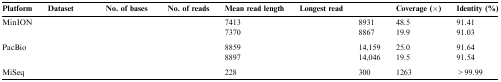
<table><thead><tr><td><b>Platform</b></td><td><b>Dataset</b></td><td><b>No. of bases</b></td><td><b>No. of reads</b></td><td><b>Mean read length</b></td><td><b>Longest read</b></td><td>[EMPTY_CELL]</td><td><b>Coverage (×)</b></td><td><b>Identity (%)</b></td></tr></thead><tbody><tr><td>MinION</td><td>[EMPTY_CELL]</td><td>[EMPTY_CELL]</td><td>[EMPTY_CELL]</td><td>7413</td><td>[EMPTY_CELL]</td><td>8931</td><td>48.5</td><td>91.41</td></tr><tr><td>[EMPTY_CELL]</td><td>[EMPTY_CELL]</td><td>[EMPTY_CELL]</td><td>[EMPTY_CELL]</td><td>7370</td><td>[EMPTY_CELL]</td><td>8867</td><td>19.9</td><td>91.03</td></tr><tr><td colspan="9">[EMPTY_CELL]</td></tr><tr><td>PacBio</td><td>[EMPTY_CELL]</td><td>[EMPTY_CELL]</td><td>[EMPTY_CELL]</td><td>8859</td><td>[EMPTY_CELL]</td><td>14,159</td><td>25.0</td><td>91.64</td></tr><tr><td>[EMPTY_CELL]</td><td>[EMPTY_CELL]</td><td>[EMPTY_CELL]</td><td>[EMPTY_CELL]</td><td>8897</td><td>[EMPTY_CELL]</td><td>14,046</td><td>19.5</td><td>91.54</td></tr><tr><td colspan="9">[EMPTY_CELL]</td></tr><tr><td>MiSeq</td><td>[EMPTY_CELL]</td><td>[EMPTY_CELL]</td><td>[EMPTY_CELL]</td><td>228</td><td>[EMPTY_CELL]</td><td>300</td><td>1263</td><td>&gt;99.99</td></tr></tbody></table>